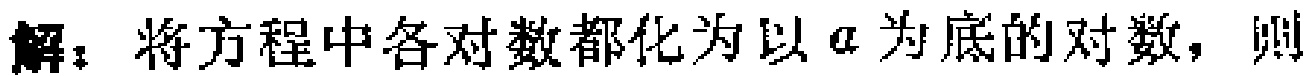
解：将方程中各对数都化为以\(a\)为底的对数，则